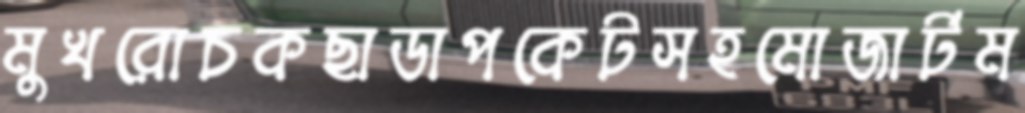
মুখরোচকছাডাপকেটসহমোজার্টম